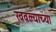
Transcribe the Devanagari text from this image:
खवल्याच्या